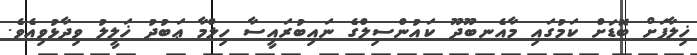
ޚިލާފަށް ބޮޑަށް ކަމުގައި މާއެނބޫދޫ ކައުންސިލްގެ ނައިބުރައީސާ ހިލްމާ ޢަބުދު ޚަލީލު ވިދާޅުވިއެވެ.